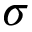
\sigma